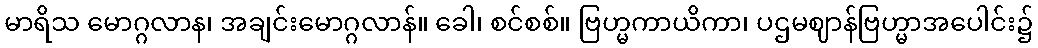
မာရိသ မောဂ္ဂလာန၊ အချင်းမောဂ္ဂလာန်။ ခေါ၊ စင်စစ်။ ဗြဟ္မကာယိကာ၊ ပဌမဈာန်ဗြဟ္မာအပေါင်း၌